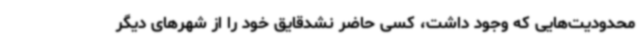
محدودیت‌هایی که وجود داشت، کسی حاضر نشدقایق خود را از شهرهای دیگر